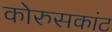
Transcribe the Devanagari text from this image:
कोरुसकांट